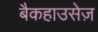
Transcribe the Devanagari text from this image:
बैकहाउसेज़